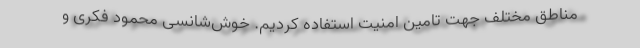
مناطق مختلف جهت تامین امنیت استفاده کردیم. خوش‌شانسی محمود فکری و